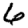
Digit: 6